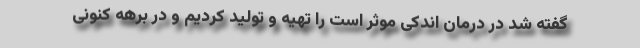
گفته شد در درمان اندکی موثر است را تهیه و تولید کردیم و در برهه کنونی